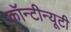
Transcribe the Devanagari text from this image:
कॉन्टीन्यूटी